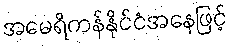
အမေရိကန်နိုင်ငံအနေဖြင့်